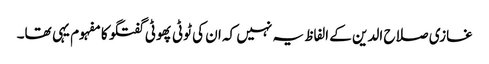
غازی صلاح الدین کے الفاظ یہ نہیں کہ ان کی ٹوٹی پھوٹی گفتگو کا مفہوم یہی تھا۔